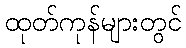
ထုတ်ကုန်များတွင်